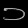
Digit: ၁